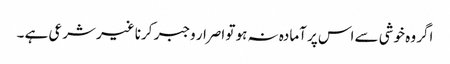
اگر وہ خوشی سے اس پر آمادہ نہ ہو تو اصرار وجبر کرنا غیر شرعی ہے ۔